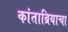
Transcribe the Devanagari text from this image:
कांताब्रियाचा